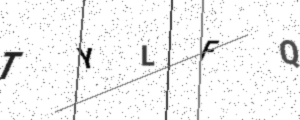
Text: TYLFQ